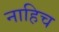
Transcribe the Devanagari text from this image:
नाहिच